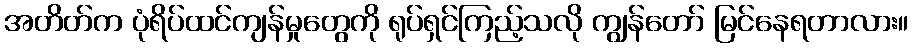
အတိတ်က ပုံရိပ်ထင်ကျန်မှုတွေကို ရုပ်ရှင်ကြည့်သလို ကျွန်တော် မြင်နေရတာလား။